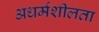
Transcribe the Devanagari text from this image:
अधर्मशीलता